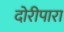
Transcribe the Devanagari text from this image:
दोरीपारा